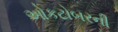
ઓકટોબરની